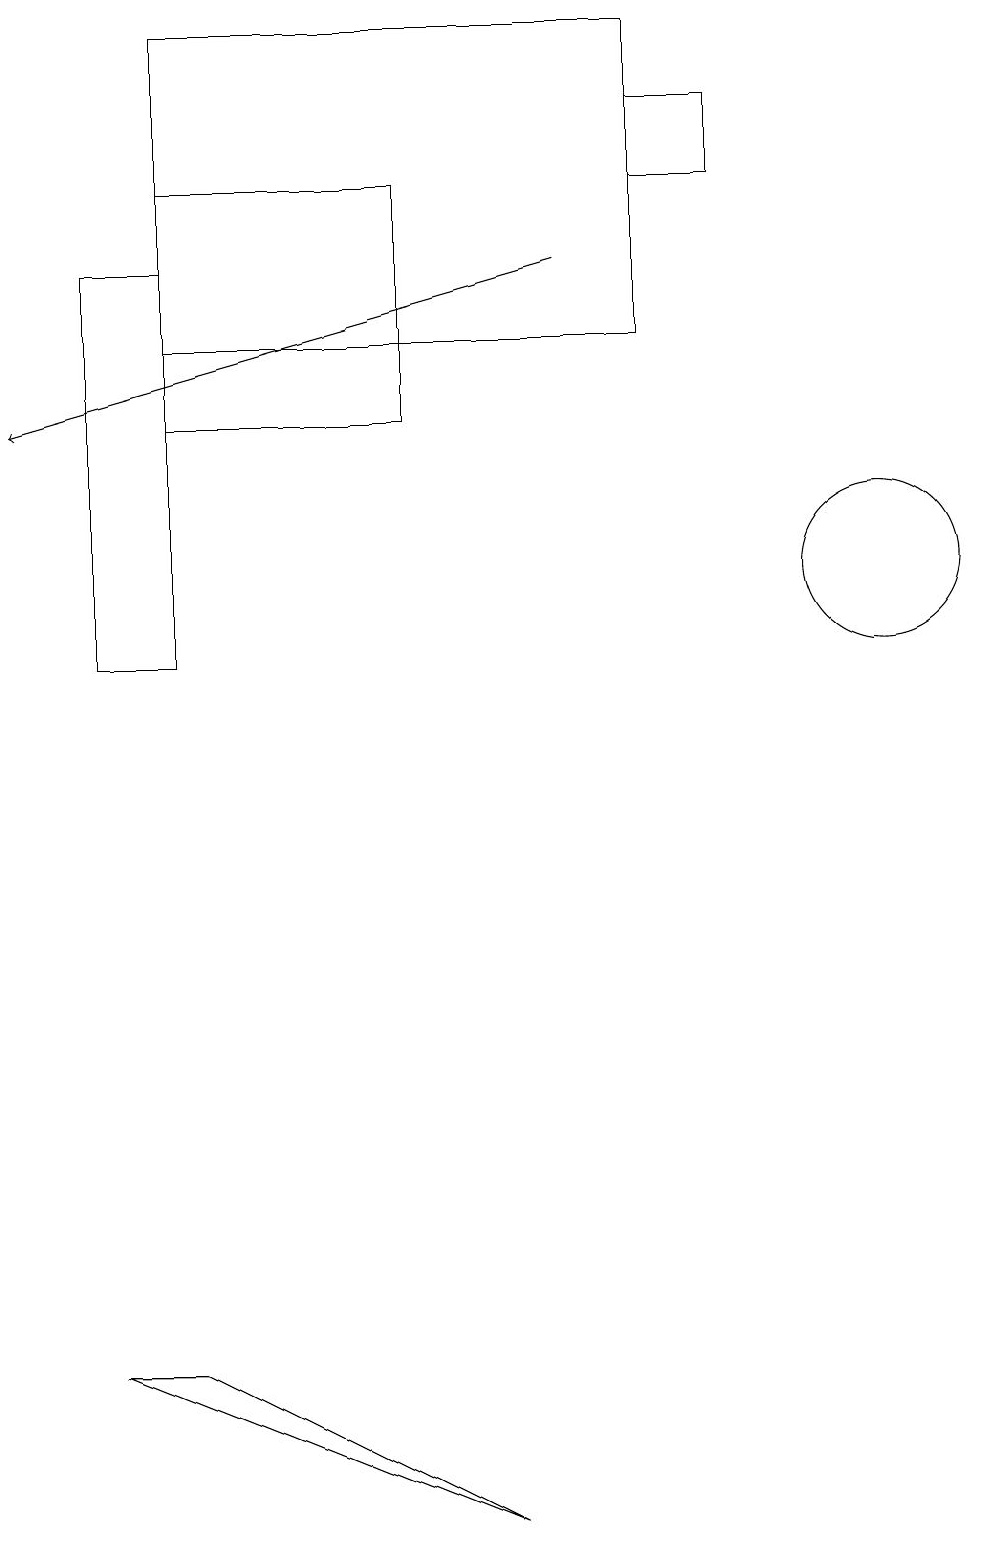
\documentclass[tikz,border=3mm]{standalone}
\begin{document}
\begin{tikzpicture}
\draw (2,11) rectangle (1,16);
\draw (6,0) -- (2,2) -- (1,2) -- cycle;
\draw (2,17) rectangle (5,14);
\draw (2,19) rectangle (8,15);
\draw (11,12) circle (1);
\draw (8,17) rectangle (9,18);
\draw[->] (7,16) -- (0,14);
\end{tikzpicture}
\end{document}